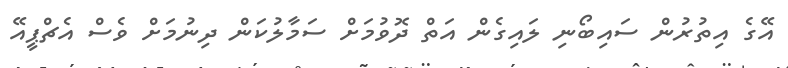
އޭގެ އިތުރުން ސައިބޯނި ލައިގެން އަތް ދޮވުމަށް ސަމާލުކަން ދިނުމަށް ވެސް އެޗްޕީއޭ